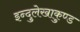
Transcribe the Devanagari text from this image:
इन्दुलेखाकुण्ड